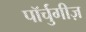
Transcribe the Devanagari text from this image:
पॉर्चुगीज़